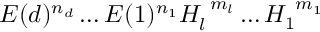
E ( d ) ^ { n _ { d } } \dots E ( 1 ) ^ { n _ { 1 } } H _ { l } ^ { \ m _ { l } } \dots H _ { 1 } ^ { \ m _ { 1 } } \,